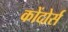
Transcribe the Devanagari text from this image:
कोंदोर्स